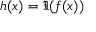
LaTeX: h ( x ) = \Im { ( f ( x ) ) }